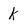
Character: k